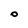
Character: o